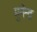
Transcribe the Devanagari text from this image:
मुनेन्द्र